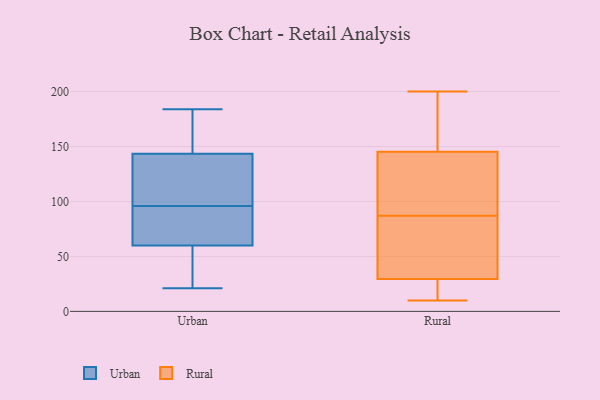
{"axis": {"x": "Customer Acquisition Cost (USD)", "y": "Value"}, "legend": ["Rural", "Urban"], "data": [{"x": "", "y": 65, "type": "Urban"}, {"x": "", "y": 55, "type": "Urban"}, {"x": "", "y": 184, "type": "Urban"}, {"x": "", "y": 47, "type": "Urban"}, {"x": "", "y": 139, "type": "Urban"}, {"x": "", "y": 69, "type": "Urban"}, {"x": "", "y": 69, "type": "Urban"}, {"x": "", "y": 177, "type": "Urban"}, {"x": "", "y": 148, "type": "Urban"}, {"x": "", "y": 172, "type": "Urban"}, {"x": "", "y": 77, "type": "Urban"}, {"x": "", "y": 115, "type": "Urban"}, {"x": "", "y": 46, "type": "Urban"}, {"x": "", "y": 21, "type": "Urban"}, {"x": "", "y": 137, "type": "Urban"}, {"x": "", "y": 130, "type": "Urban"}, {"x": "", "y": 180, "type": "Rural"}, {"x": "", "y": 63, "type": "Rural"}, {"x": "", "y": 10, "type": "Rural"}, {"x": "", "y": 16, "type": "Rural"}, {"x": "", "y": 175, "type": "Rural"}, {"x": "", "y": 140, "type": "Rural"}, {"x": "", "y": 87, "type": "Rural"}, {"x": "", "y": 36, "type": "Rural"}, {"x": "", "y": 17, "type": "Rural"}, {"x": "", "y": 25, "type": "Rural"}, {"x": "", "y": 122, "type": "Rural"}, {"x": "", "y": 31, "type": "Rural"}, {"x": "", "y": 116, "type": "Rural"}, {"x": "", "y": 32, "type": "Rural"}, {"x": "", "y": 89, "type": "Rural"}, {"x": "", "y": 200, "type": "Rural"}, {"x": "", "y": 161, "type": "Rural"}]}